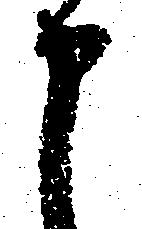
申